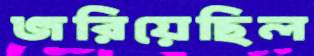
জরিয়েছিল